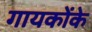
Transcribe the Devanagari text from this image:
गायकोंके